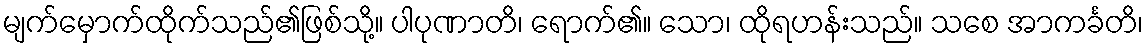
မျက်မှောက်ထိုက်သည်၏ဖြစ်သို့။ ပါပုဏာတိ၊ ရောက်၏။ သော၊ ထိုရဟန်းသည်။ သစေ အာကင်္ခတိ၊